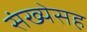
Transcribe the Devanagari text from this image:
संख्येसह